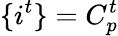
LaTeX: \{ i^{t}\} =C_{p}^{t}